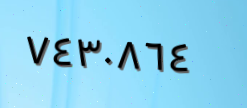
٧٤٣٠٨٦٤